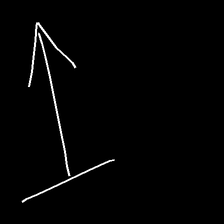
Glyph: levitation